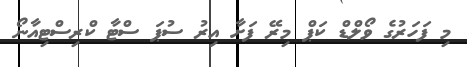
މި ފަހަރުގެ ވޯލްޑް ކަޕް މިރޭ ފަށާ އިރު ސުޕަ ސްޓާ ކްރިސްޓިއާނޯ